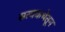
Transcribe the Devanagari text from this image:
सत्यकथेतून